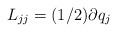
\begin{align*}L_{jj}=(1/2)\partial q_{j} \end{align*}